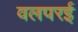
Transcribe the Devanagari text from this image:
वलपरई